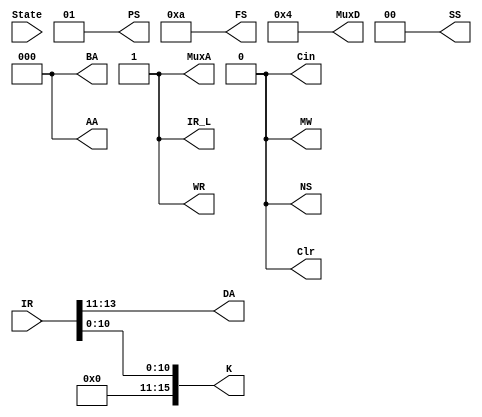
module CPU_Decoder11(IR, PS, IR_L, AA, BA, DA, WR, Clr, FS, Cin, MuxD, MuxA, K, MW, SS, State, NS);
    input [15:0] IR;
    output reg [1:0] PS;
    output reg IR_L;
    output reg [2:0]AA;
    output reg [2:0]BA;
    output reg [2:0]DA;
    output reg WR;
    output reg Clr;
    output reg [4:0]FS;
    output reg Cin;
    output reg [4:0]MuxD;
    output reg MuxA;
    output reg [15:0]K;
    output reg MW;
    output reg [1:0]SS;
    input State;
    output reg NS;
    
    always @ * begin
    PS[0]<=1;
    PS[1]<=0;
    IR_L<=1;
    DA[2:0] <= IR[13:11];
    WR <=1;
    Clr <= 0;
    FS[4:0] <= 5'b01010;
    MuxD[4:0] <= 5'b00100;
    MuxA <= 1;
    K[15:11] <= 5'b00000;
    K[10:0] <= IR[10:0];
    MW <= 0;
    SS[1:0] <= 2'b00;
    NS<=0;
    AA[2:0]<=3'b000;
    BA[2:0]<=3'b000;
    Cin<=0;
    end
endmodule